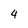
Character: 4